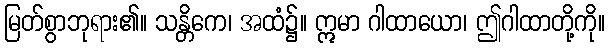
မြတ်စွာဘုရား၏။ သန္တိကေ၊ အထံ၌။ ဣမာ ဂါထာယော၊ ဤဂါထာတို့ကို။